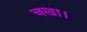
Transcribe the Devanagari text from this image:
चखा।